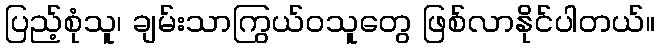
ပြည့်စုံသူ၊ ချမ်းသာကြွယ်ဝသူတွေ ဖြစ်လာနိုင်ပါတယ်။